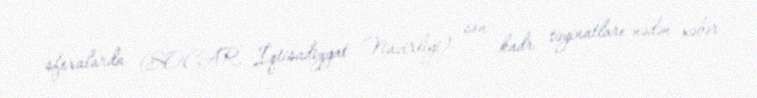
sferalarda (SOCAR, İqtisadiyyat Nazirliyi) son kadr təyinatları nədən xəbər